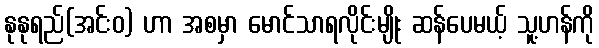
နုနုရည်(အင်းဝ) ဟာ အစမှာ မောင်သာရလိုင်းမျိုး ဆန်ပေမယ့် သူ့ဟန်ကို